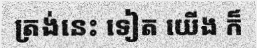
ត្រង់នេះ ទៀត យើង ក៏